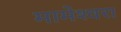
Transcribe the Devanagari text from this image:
मामेश्‍वरा